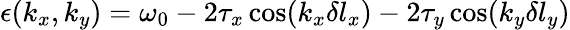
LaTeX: \epsilon(k_{x},k_{y})=\omega_{0}-2\tau_{x}\cos(k_{x}\delta l_{x})-2\tau_{y}\cos(k_{y}\delta l_{y})